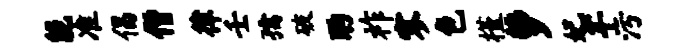
能准倡僧律壬孺破酌祚寥色槿萝妃芊污